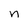
Character: n